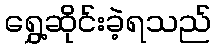
ရွှေ့ဆိုင်းခဲ့ရသည်